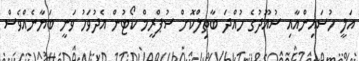
އަލީ ހުސައިންއާއި ސުއޫދުގެ ހުއްދަ ބާތިލްކޮށް ސުޕްރީމް ކޯޓުން އެދުވަހު ވަނީ ބަޔާނެއްވެސް